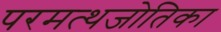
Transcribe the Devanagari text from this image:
परमत्थजोतिका